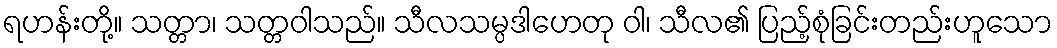
ရဟန်းတို့။ သတ္တာ၊ သတ္တဝါသည်။ သီလသမ္ပဒါဟေတု ဝါ၊ သီလ၏ ပြည့်စုံခြင်းတည်းဟူသော